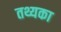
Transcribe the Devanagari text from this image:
तथ्यका